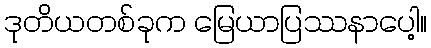
ဒုတိယတစ်ခုက မြေယာပြဿနာပေါ့။